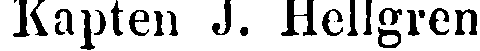
Kapten J. Hellgren,